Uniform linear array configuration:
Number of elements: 48
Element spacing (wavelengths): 0.25
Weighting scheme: hamming
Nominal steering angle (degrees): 15
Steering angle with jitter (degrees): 15.366
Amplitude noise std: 0.05
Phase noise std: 0.05

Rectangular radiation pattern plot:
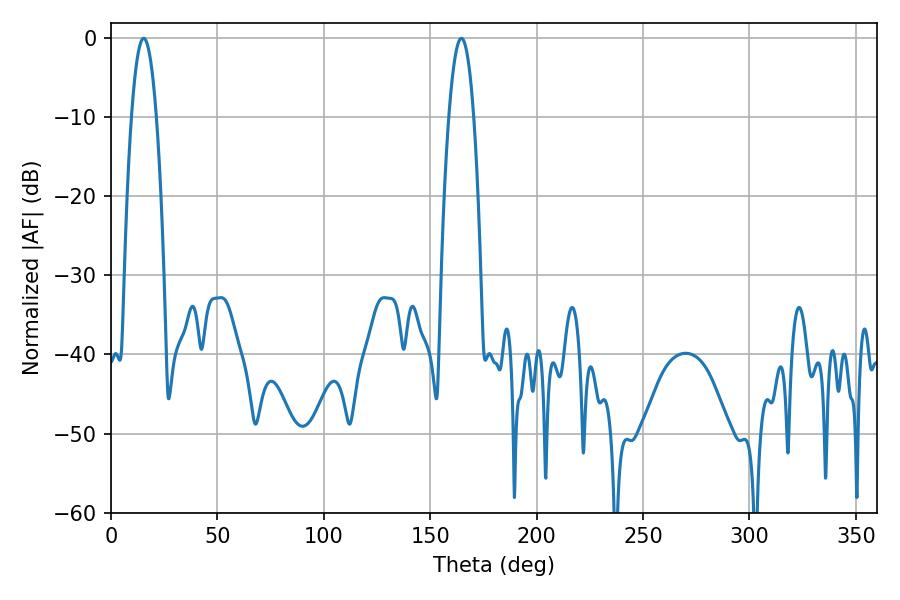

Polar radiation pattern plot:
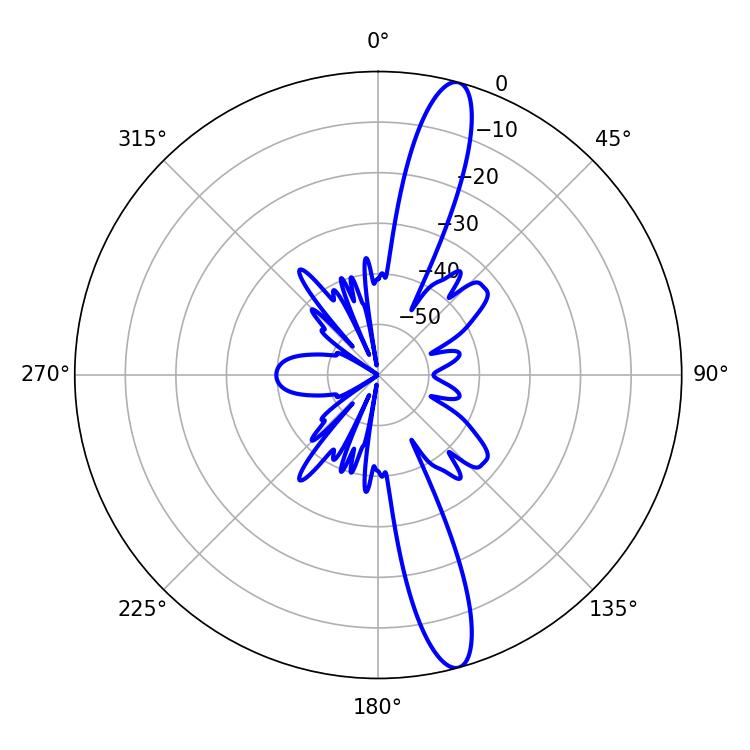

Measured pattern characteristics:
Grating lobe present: FALSE
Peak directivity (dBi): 14.908
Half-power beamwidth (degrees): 6.3
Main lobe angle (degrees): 15.3